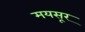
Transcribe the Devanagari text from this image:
मयसूर